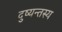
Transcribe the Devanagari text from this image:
दुष्यन्तस्य